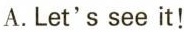
A.Let'ssee it！